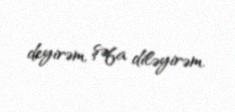
deyirəm, şəfa diləyirəm.